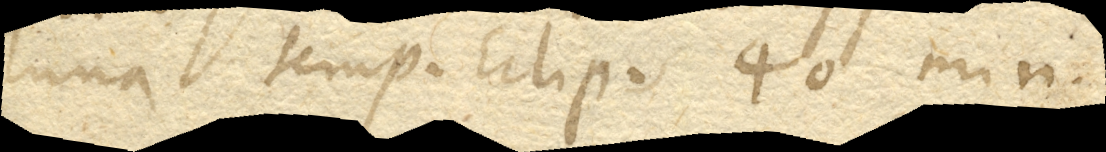
luna temp. Eclip. 40’ min.